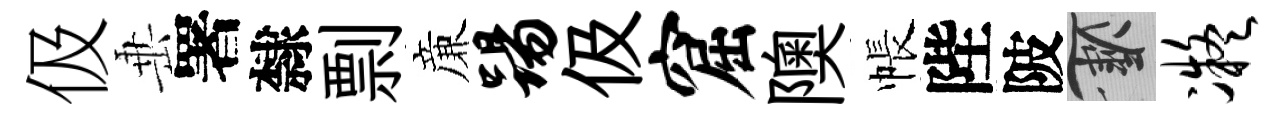
伋𡸁署隸剽亷踢伋窟隩帳陛陂草凝